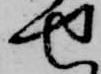
せ